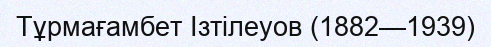
Тұрмағамбет Ізтілеуов (1882—1939)